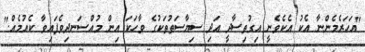
"އަހަރެމެންނާ އެކު އެކެވެނީ އިގުތިސާދީ އަދި ސިޔާސަތުތަކުގެ ވާހަކަ އިން މުއްސަނދިވެފައިވާ ކެއުމެއް."